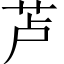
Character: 𱽗